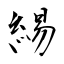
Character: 緆